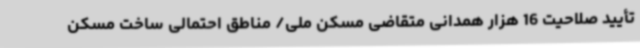
تأیید صلاحیت 16 هزار همدانی متقاضی مسکن ملی/ مناطق احتمالی ساخت مسکن